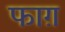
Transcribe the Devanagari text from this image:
फाग़